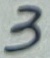
Text: 3